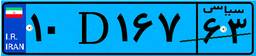
۳۷D۲۱۸۲۵